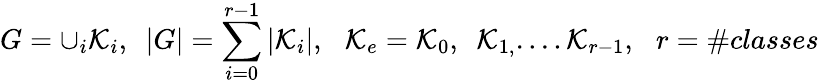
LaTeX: G=\cup_{i}\mathcal{K}_{i},\, \, \, \left|G\right|=\sum_{i=0}^{r-1}\left|\mathcal{K}_{i}\right|,\, \, \, \, \mathcal{K}_{e}=\mathcal{K}_{0},\, \, \, \mathcal{K}_{1,}....\mathcal{K}_{r-1},\, \, \, \, r=\# classes